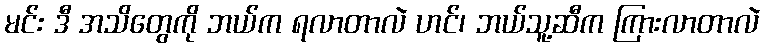
မင်း ဒီ အသိတွေကို ဘယ်က ရလာတာလဲ ဟင်၊ ဘယ်သူ့ဆီက ကြားလာတာလဲ